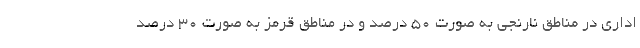
اداری در مناطق نارنجی به صورت ۵۰ درصد و در مناطق قرمز به صورت ۳۰ درصد